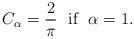
LaTeX: \begin{align*}C_{\alpha }=\frac{2}{\pi }\ \ \mbox{if} \ \ \alpha =1.\end{align*}